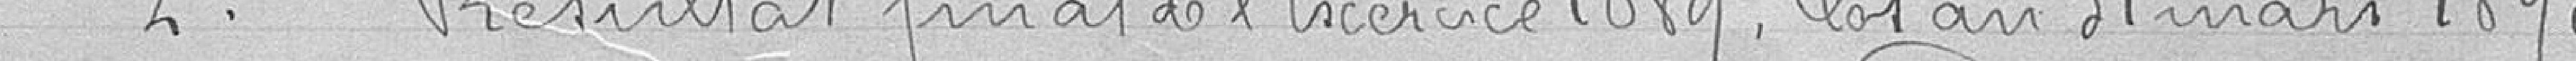
2° Résultat final de l'exercice 1889, clos au 31 mars 1890